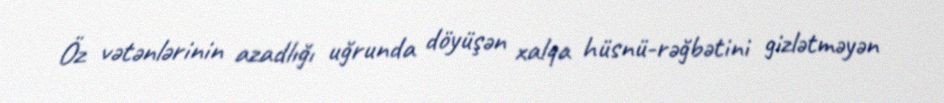
Öz vətənlərinin azadlığı uğrunda döyüşən xalqa hüsnü-rəğbətini gizlətməyən